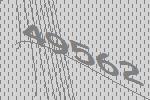
49562